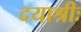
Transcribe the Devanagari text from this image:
दयाश्रीः